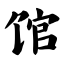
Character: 馆